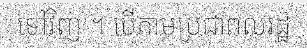
ទៅវិញ ។ បើតាមប្រជាពលរដ្ឋ